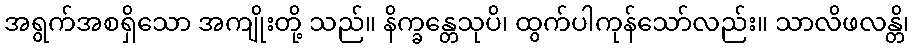
အရွက်အစရှိသော အကျိုးတို့ သည်။ နိက္ခန္တေသုပိ၊ ထွက်ပါကုန်သော်လည်း။ သာလိဖလန္တိ၊